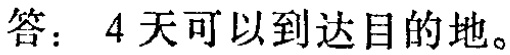
答：4天可以到达目的地。